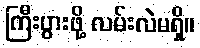
ကြီးပွားဖို့ လမ်းလဲမရှိ။